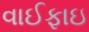
વાઈફાઇ